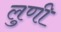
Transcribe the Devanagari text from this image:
लुणी